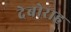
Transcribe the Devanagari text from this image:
देबोराह